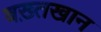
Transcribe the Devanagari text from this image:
बख़्तखान